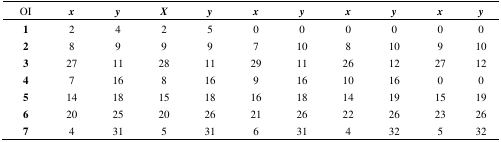
<table><thead><tr><td><b>OI</b></td><td><b><i>x</i></b></td><td><b><i>y</i></b></td><td><b><i>X</i></b></td><td><b><i>y</i></b></td><td><b><i>x</i></b></td><td><b><i>y</i></b></td><td><b><i>x</i></b></td><td><b><i>y</i></b></td><td><b><i>x</i></b></td><td><b><i>y</i></b></td></tr></thead><tbody><tr><td><b>1</b></td><td>2</td><td>4</td><td>2</td><td>5</td><td>0</td><td>0</td><td>0</td><td>0</td><td>0</td><td>0</td></tr><tr><td><b>2</b></td><td>8</td><td>9</td><td>9</td><td>9</td><td>7</td><td>10</td><td>8</td><td>10</td><td>9</td><td>10</td></tr><tr><td><b>3</b></td><td>27</td><td>11</td><td>28</td><td>11</td><td>29</td><td>11</td><td>26</td><td>12</td><td>27</td><td>12</td></tr><tr><td><b>4</b></td><td>7</td><td>16</td><td>8</td><td>16</td><td>9</td><td>16</td><td>10</td><td>16</td><td>0</td><td>0</td></tr><tr><td><b>5</b></td><td>14</td><td>18</td><td>15</td><td>18</td><td>16</td><td>18</td><td>14</td><td>19</td><td>15</td><td>19</td></tr><tr><td><b>6</b></td><td>20</td><td>25</td><td>20</td><td>26</td><td>21</td><td>26</td><td>22</td><td>26</td><td>23</td><td>26</td></tr><tr><td><b>7</b></td><td>4</td><td>31</td><td>5</td><td>31</td><td>6</td><td>31</td><td>4</td><td>32</td><td>5</td><td>32</td></tr></tbody></table>